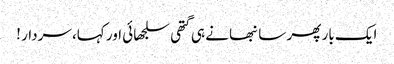
ایک بار پھر سانبھا نے ہی گتھی سلجھائی اور کہا، سردار !